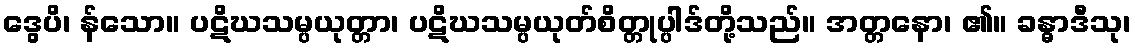
ဒွေပိ၊ န်သော။ ပဋိဃသမ္ပယုတ္တာ၊ ပဋိဃသမ္ပယုတ်စိတ္တုပ္ပါဒ်တို့သည်။ အတ္တနော၊ ၏။ ခန္ဓာဒီသု၊